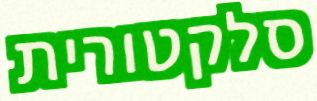
סלקטורית